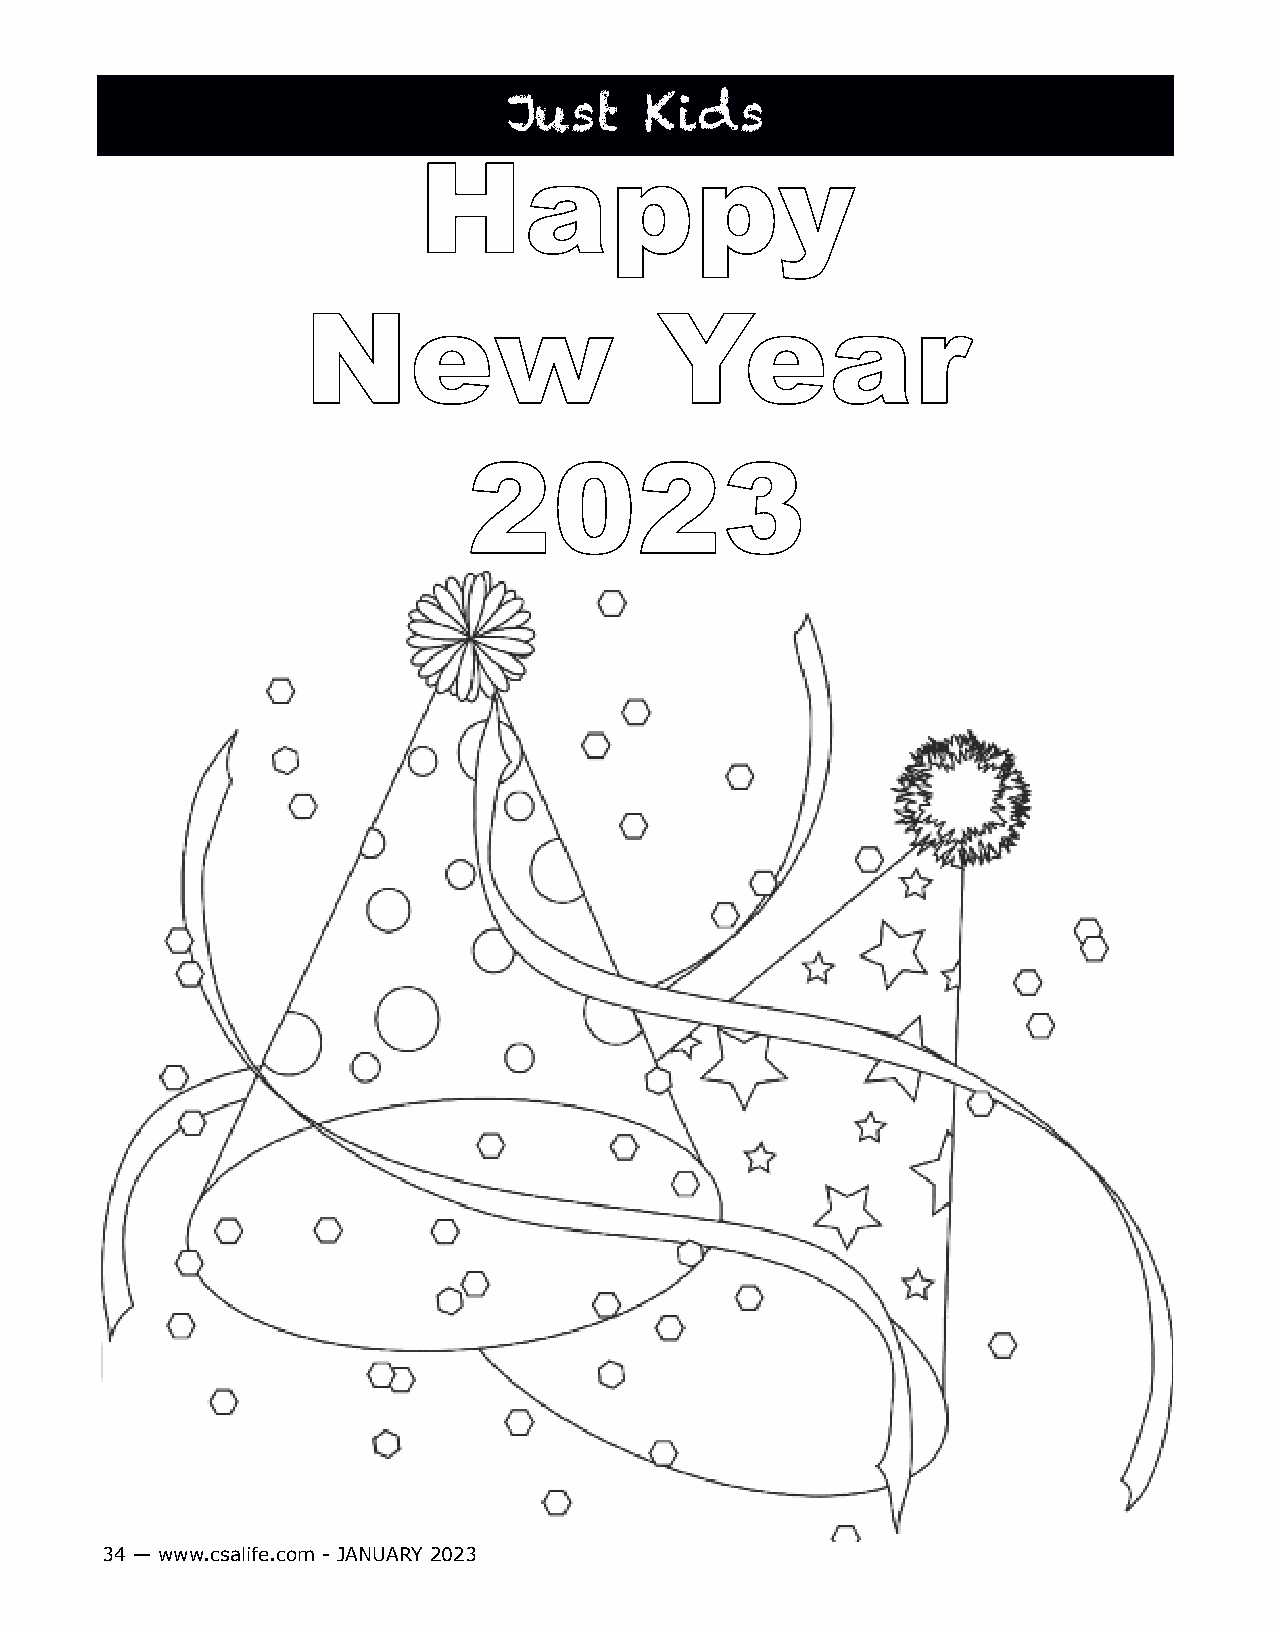
Just     Kids
 Happy
 New                     Year
 2023
 34 — www.csalife.com - JANUARY 2023